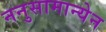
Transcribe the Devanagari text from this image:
ननुसामान्येन